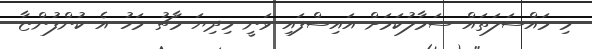
މި މައްސަލަތައް ސަމާލުކަމަށް އައިސްފައި ވަނީ މިދިޔަ މާޗު މަހު އެ ކުންފުންޏާ